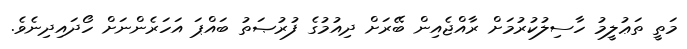
މަތީ ތަޢުލީމު ހާސިލުކުރުމަށް ރާއްޖެއިން ބޭރަށް ދިއުމުގެ ފުރުޞަތު ބައްޕަ އަހަރެންނަށް ހޯދައިދިނެވެ.